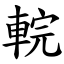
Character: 輐